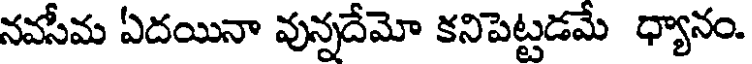
నవసీమ ఏదయినా వున్నదేమో కనిపెట్టడమే ధ్యానం.